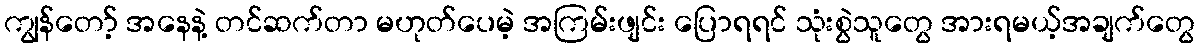
ကျွန်တော့် အနေနဲ့ တင်ဆက်တာ မဟုတ်ပေမဲ့ အကြမ်းဖျင်း ပြောရရင် သုံးစွဲသူတွေ အားရမယ့်အချက်တွေ